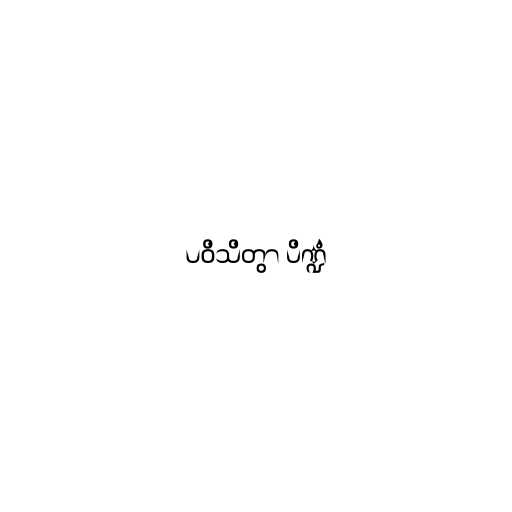
ပဝိသိတွာ ပိဏ္ဍံ